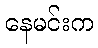
နေမင်းက